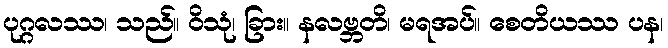
ပုဂ္ဂလဿ၊ သည်။ ဝိသုံ၊ ခြား။ နလဗ္ဘတိ၊ မရအပ်။ စေတိယဿ ပန၊